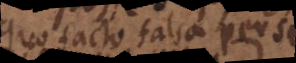
quo facto falsa per se